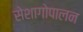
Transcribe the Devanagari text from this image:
सेशागोपालन